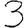
Digit: 3